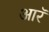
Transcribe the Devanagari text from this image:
आरॅ